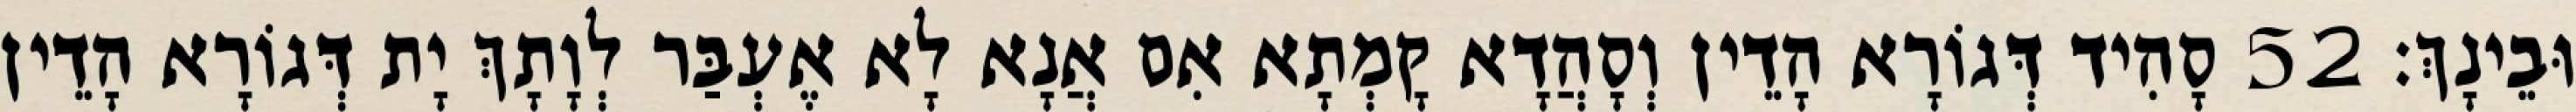
וּבֵינָךְ׃ 52 סָהִיד דְּגוֹרָא הָדֵין וְסָהֲדָא קָמְתָא אִם אֲנָא לָא אֶעְבַּר לְוָתָךְ יָת דְּגוֹרָא הָדֵין